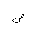
Letter: _sad